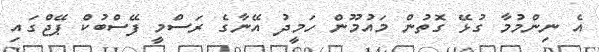
އެ ނިންމުމާ ގުޅޭ ގޮތުން މައުމޫން ހަމީދު އޭނާގެ ރަސްމީ ފޭސްބުކް ޕޭޖްގައި